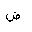
Letter: _dad